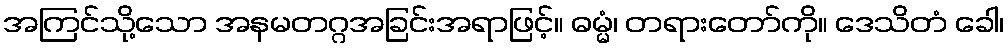
အကြင်သို့သော အနမတဂ္ဂအခြင်းအရာဖြင့်။ ဓမ္မံ၊ တရားတော်ကို။ ဒေသိတံ ခေါ၊